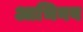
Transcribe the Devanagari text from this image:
आभिनव